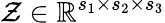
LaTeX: \mathcal{Z}\in\mathbb{R}^{s_{1}\times s_{2}\times s_{3}}